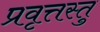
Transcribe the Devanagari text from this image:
प्रवृत्तस्तु